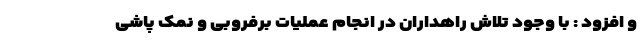
و افزود : با وجود تلاش راهداران در انجام عملیات برفروبی و نمک پاشی